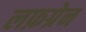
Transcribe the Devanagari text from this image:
लफ़ग्रेन